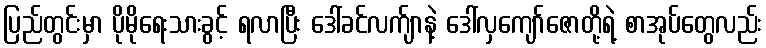
ပြည်တွင်းမှာ ပိုမိုရေးသားခွင့် ရလာပြီး ဒေါ်ခင်လက်ျာနဲ့ ဒေါ်လှကျော်ဇောတို့ရဲ့ စာအုပ်တွေလည်း